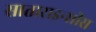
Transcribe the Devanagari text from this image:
साताराइन्सीस